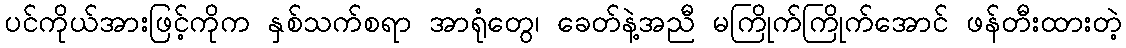
ပင်ကိုယ်အားဖြင့်ကိုက နှစ်သက်စရာ အာရုံတွေ၊ ခေတ်နဲ့အညီ မကြိုက်ကြိုက်အောင် ဖန်တီးထားတဲ့